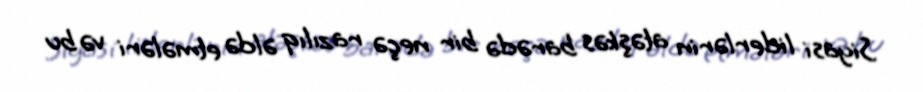
Siyasi liderlərin atəşkəs barədə bir neçə razılıq əldə etmələri və bu